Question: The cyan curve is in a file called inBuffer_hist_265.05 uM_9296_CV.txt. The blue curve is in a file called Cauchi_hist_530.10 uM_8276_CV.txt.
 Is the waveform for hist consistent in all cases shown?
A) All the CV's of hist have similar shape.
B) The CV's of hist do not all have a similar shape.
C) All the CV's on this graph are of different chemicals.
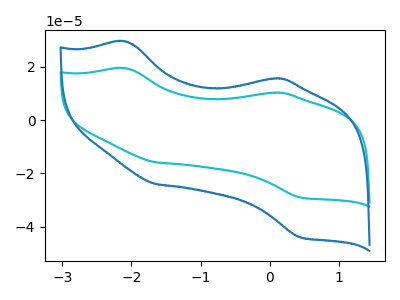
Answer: <think>The cyan curve "hist_265.05 uM" has anodic peaks at (-2.10V, 19.55uA) (0.05V, 10.35uA) and cathodic peaks at (-1.65V, -15.90uA) (0.45V, -29.05uA). The blue curve "hist_530.10 uM" has anodic peaks at (-2.10V, 29.60uA) (0.05V, 15.65uA) and cathodic peaks at (-1.65V, -24.05uA) (0.45V, -44.00uA).
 All the peaks in "hist_265.05 uM" have a peak in "hist_530.10 uM" at the same potential. Every peak in "hist_265.05 uM" is lower than every peak in "hist_530.10 uM".</think>
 <answer>A) All the CV's of "hist" have similar shape.</answer>
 <eval>A</eval>